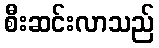
စီးဆင်းလာသည်